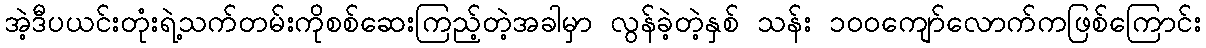
အဲ့ဒီပယင်းတုံးရဲ့သက်တမ်းကိုစစ်ဆေးကြည့်တဲ့အခါမှာ လွန်ခဲ့တဲ့နှစ် သန်း ၁၀၀ကျော်လောက်ကဖြစ်ကြောင်း